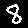
Digit: 8